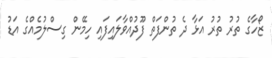
ޒޯހާގެ ތުރު ތުރު އަޅާ ދެ ތުންފަތް ފޫދުއްވާލައިފައި ހިމޭން ގިސްލުމެއްގެ އަޑު